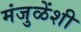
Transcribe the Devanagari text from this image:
मंजुळेंशी